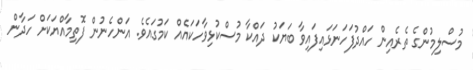
މުސްލިމުންގެ ތެރެއިން ހައްދުފަހަނަޅައިފައިވާ ބަޔަކު ދައްކާ މުސްކުޅިވާހަކައެއް ކަމުގައެވެ. އަންހެނުން ފޮތިމާއްޔަކަށް ހަދާން